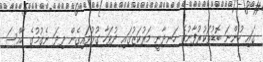
ގައި ހުންނަ ބޮޑުތަކުރުފާނުގެ ހަނދާނީ މަރުކަޒުގައި ދުވަހާ ގުޅުވައިގެން ދިދަ ނެގުމުގެ ހާއްސަ